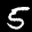
Label: 5